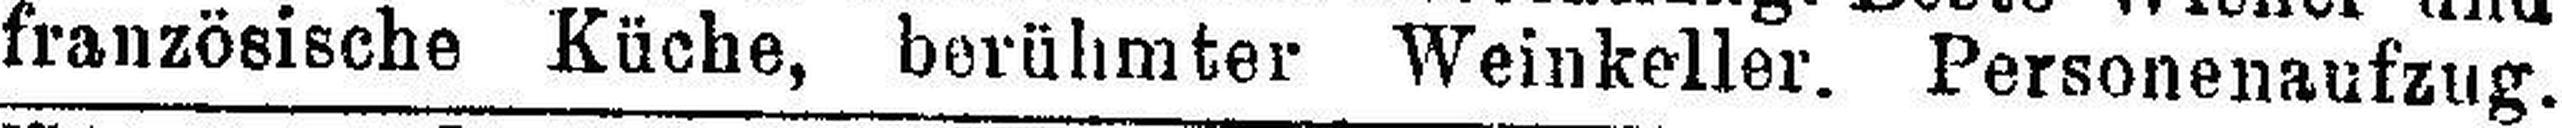
französische Küche, berühmter Weinkeller. Personenaufzug.